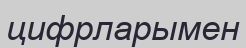
цифрларымен